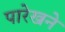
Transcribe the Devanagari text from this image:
पारेखने